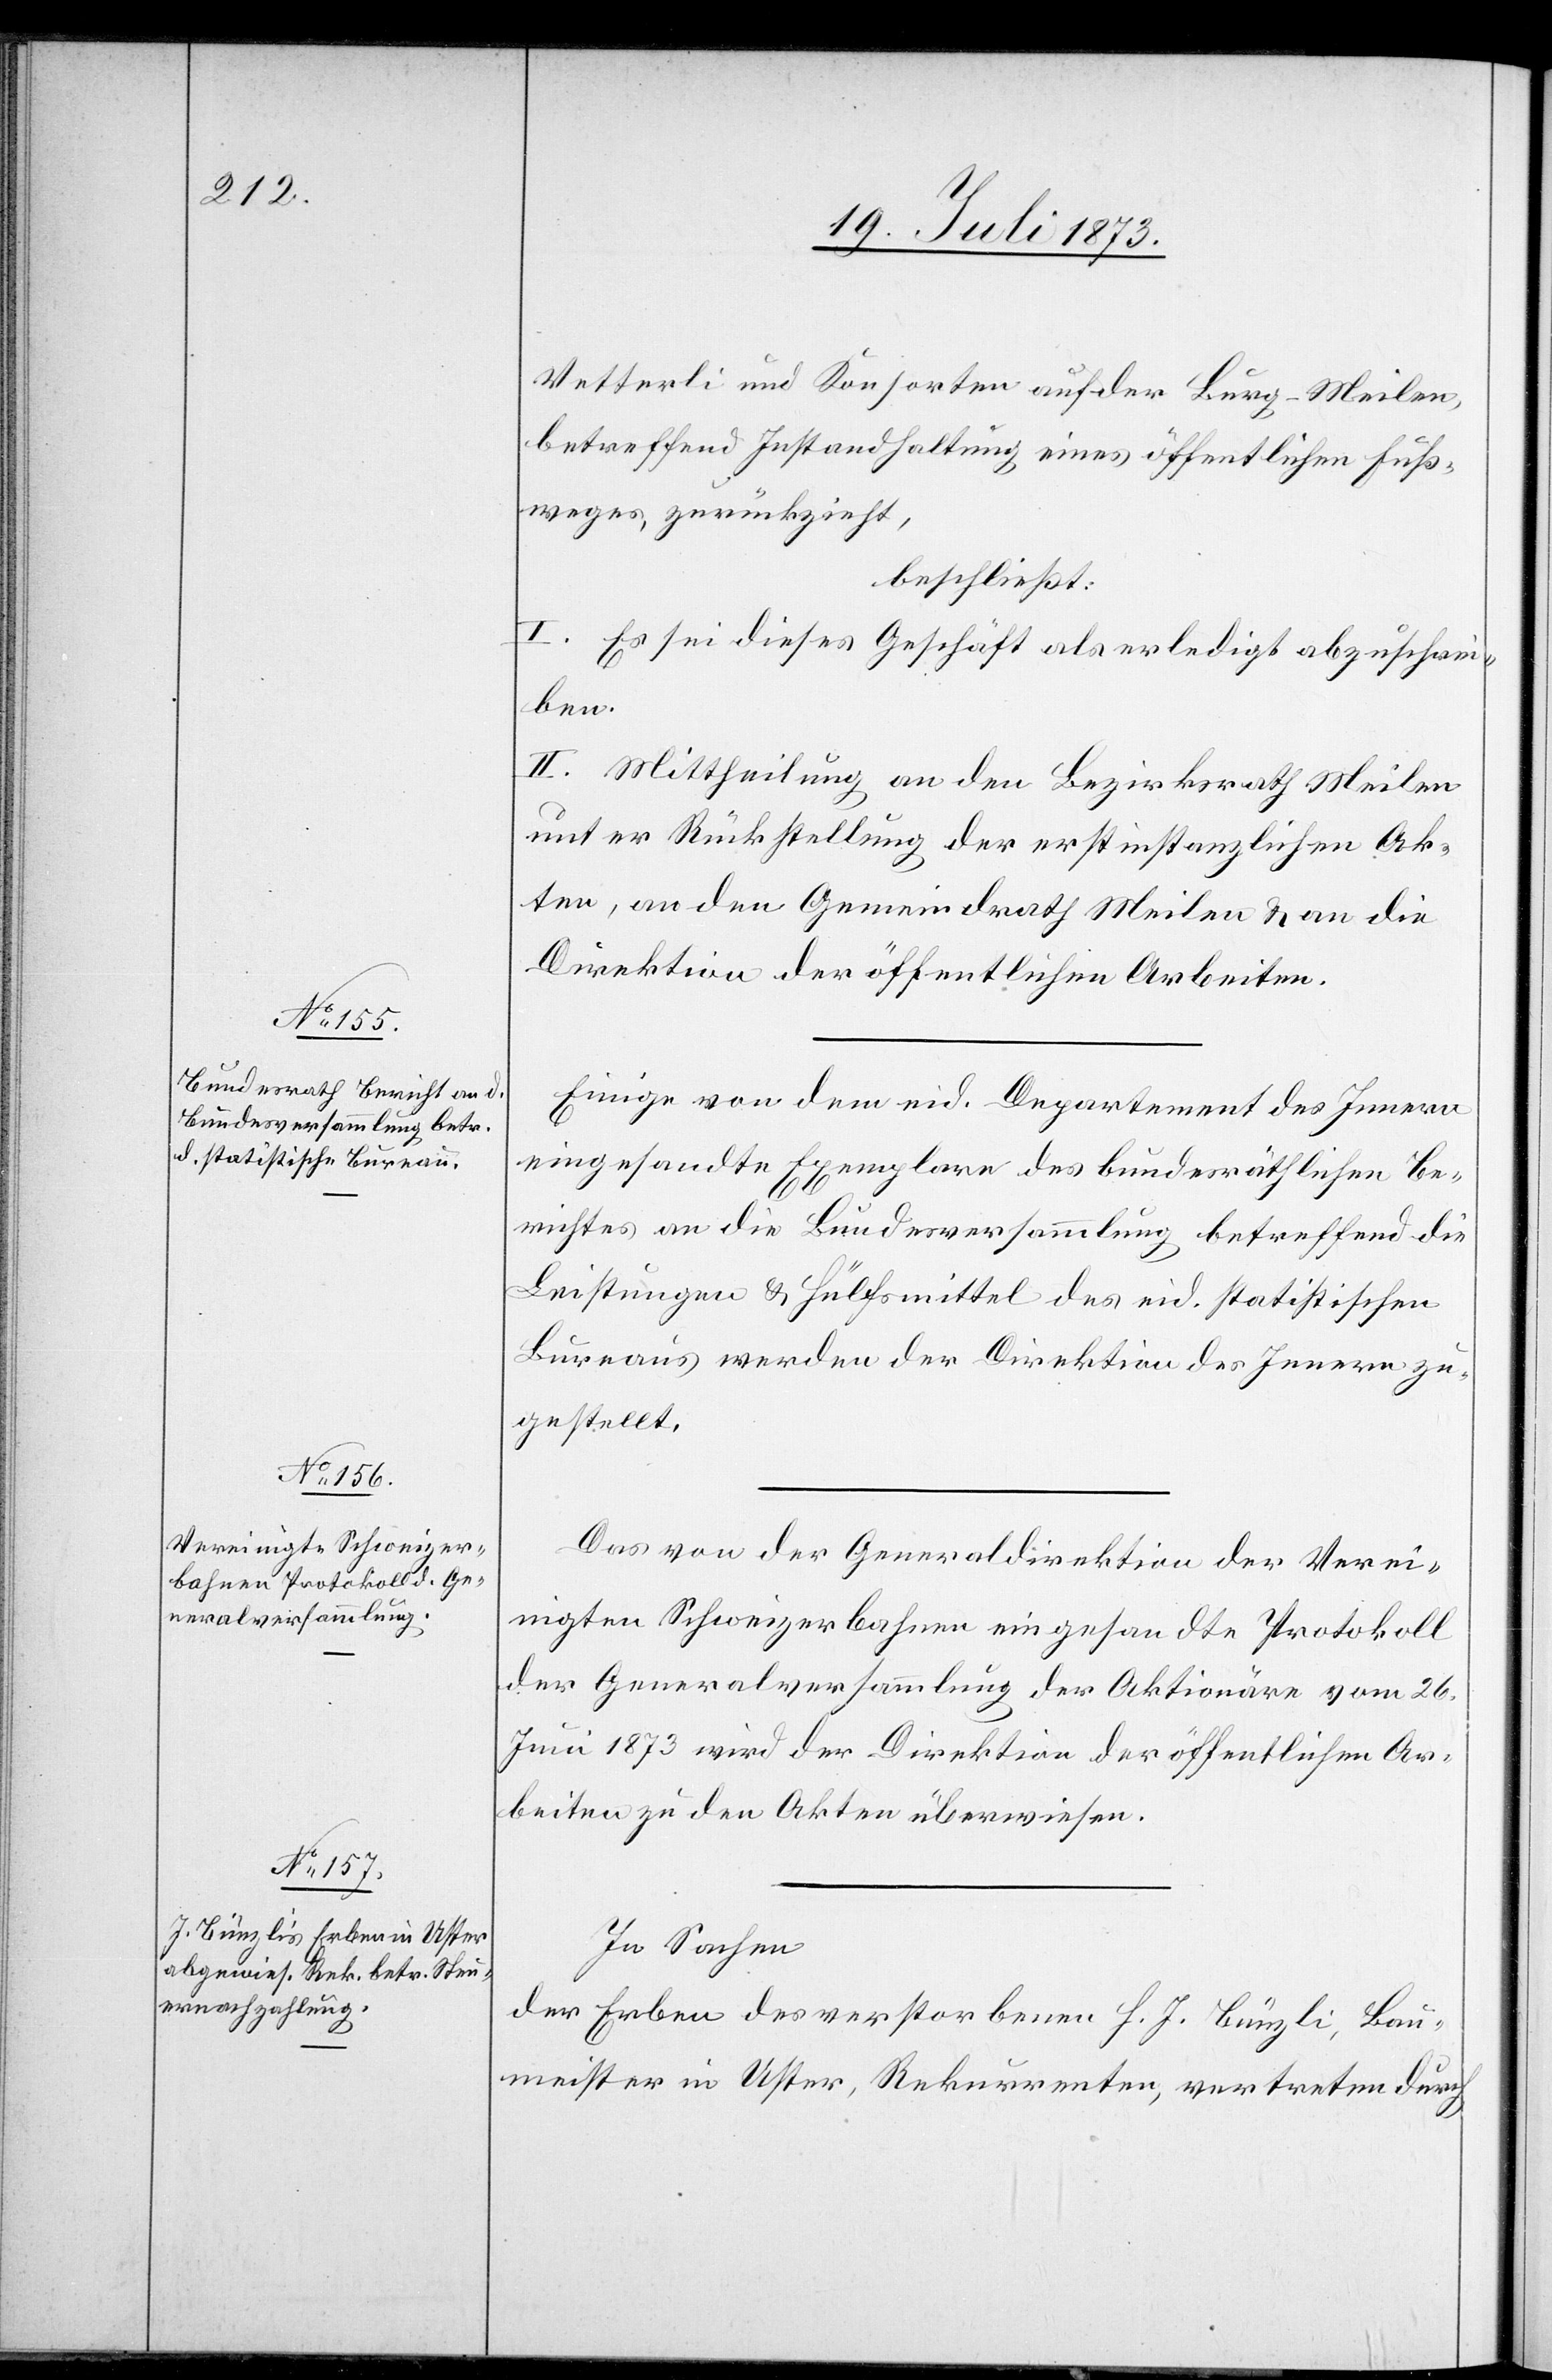
Vetterli und Konsorten auf der Burg-Meilen,
betreffend Instandhaltung eines öffentlichen Fuß¬
weges, zurückzieht,
beschließt:
I. Es sei dieses Geschäft als erledigt abzuschrei¬
ben.
II. Mittheilung an den Bezirksrath Meilen
unter Rückstellung der erstinstanzlichen Ak¬
ten, an den Gemeindrath Meilen & an die
Direktion der öffentlichen Arbeiten.
Einige von dem eid. Departement des Innern
eingesandte Exemplare des bundesräthlichen Be¬
richtes an die Bundesversammlung betreffend die
Leistungen & Hülfsmittel des eid. statistischen
Bureaus werden der Direktion des Innern zu¬
gestellt.
Das von der Generaldirektion der Verei¬
nigten Schweizerbahnen eingesandte Protokoll
der Generalversammlung der Aktionäre vom 26.
Juni 1873 wird der Direktion der öffentlichen Ar¬
beiten zu den Akten überwiesen.
In Sachen
der Erben des verstorbenen H. J. Bünzli, Bau¬
meister in Uster, Rekurrenten, vertreten durch